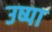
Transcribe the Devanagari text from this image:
उष्पा